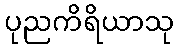
ပုညကိရိယာသု